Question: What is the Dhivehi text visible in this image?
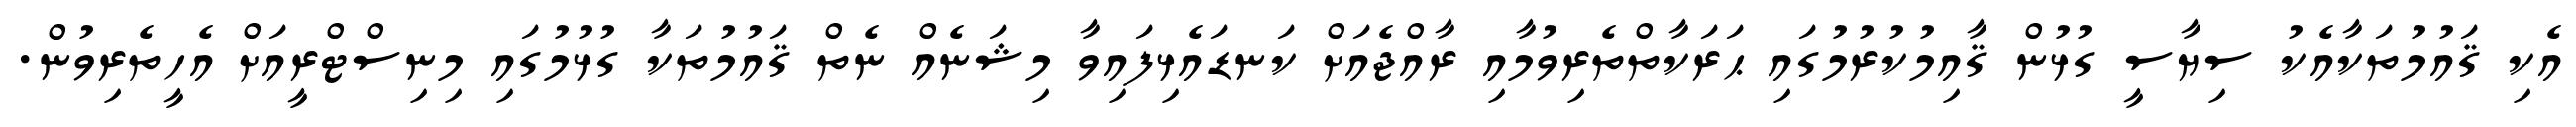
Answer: އެކި ޤައުމުތަކާއެކު ސިޔާސީ ގުޅުން ޤާއިމުކުރުމުގައި ޙަރަކާތްތެރިވުމާއި ރާއްޖެއަށް ކަނޑައެޅިފައިވާ މިޝަނެއް ނެތް ޤައުމުތަކާ ގުޅުމުގައި މިނިސްޓްރީއަށް އެހީތެރިވުން.